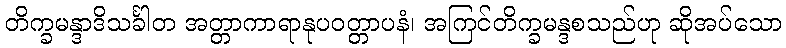
တိက္ခမန္ဒာဒိသင်္ခါတ အတ္တာကာရာနုပဝတ္တာပနံ၊ အကြင်တိက္ခမန္ဒစသည်ဟု ဆိုအပ်သော